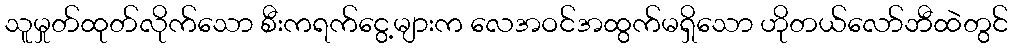
သူမှုတ်ထုတ်လိုက်သော စီးကရက်ငွေ့များက လေအဝင်အထွက်မရှိသော ဟိုတယ်လော်ဘီထဲတွင်